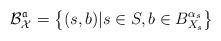
\begin{align*}\mathcal B_{\mathcal X}^{\mathfrak a} = \left \{(s, b) | s \in S, b \in B_{X_s}^{\alpha_s}\right \}\end{align*}